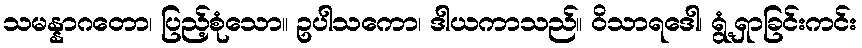
သမန္နာဂတော၊ ပြည့်စုံသော။ ဥပါသကော၊ ဒါယကာသည်။ ဝိသာရဒေါ၊ ရွံ့ရှာခြင်းကင်း